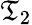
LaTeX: \mathfrak{T}_{2}